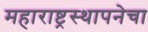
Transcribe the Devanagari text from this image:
महाराष्ट्रस्थापनेचा